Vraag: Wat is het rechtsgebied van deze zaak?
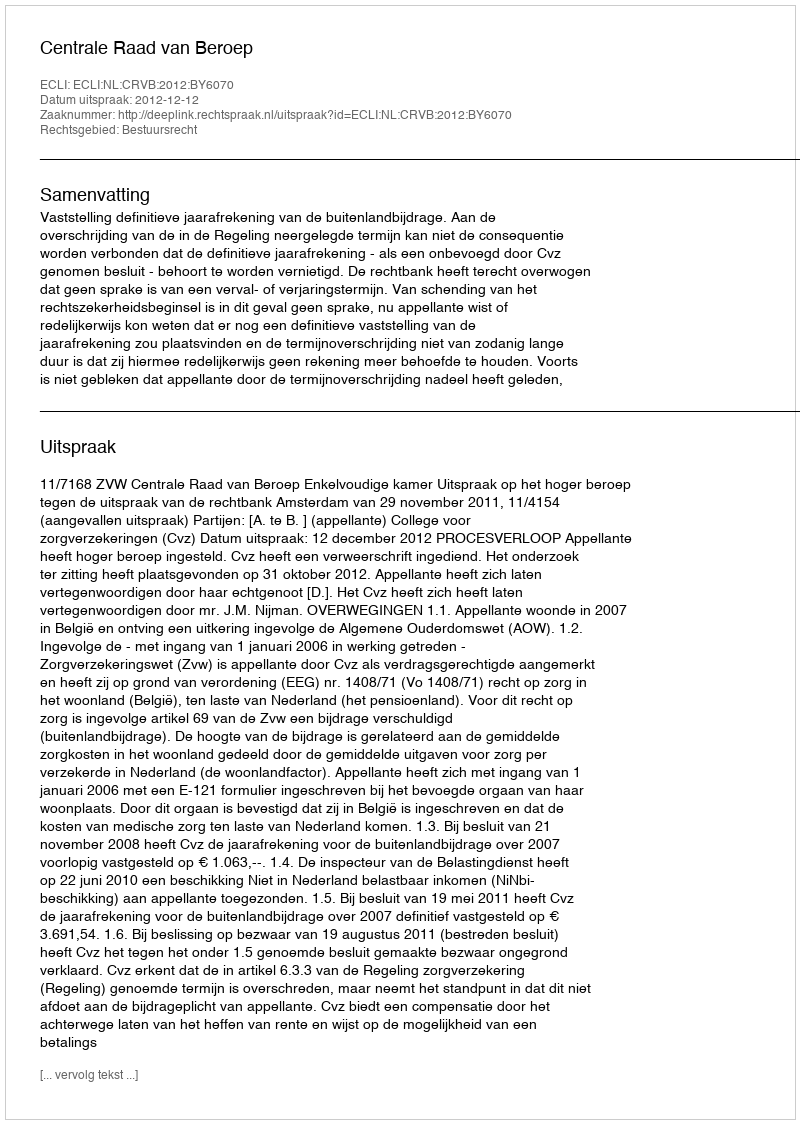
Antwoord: Bestuursrecht